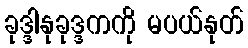
ခုဒ္ဒါနုခုဒ္ဒကကို မပယ်နုတ်